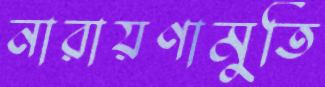
নারায়ণামুর্তি